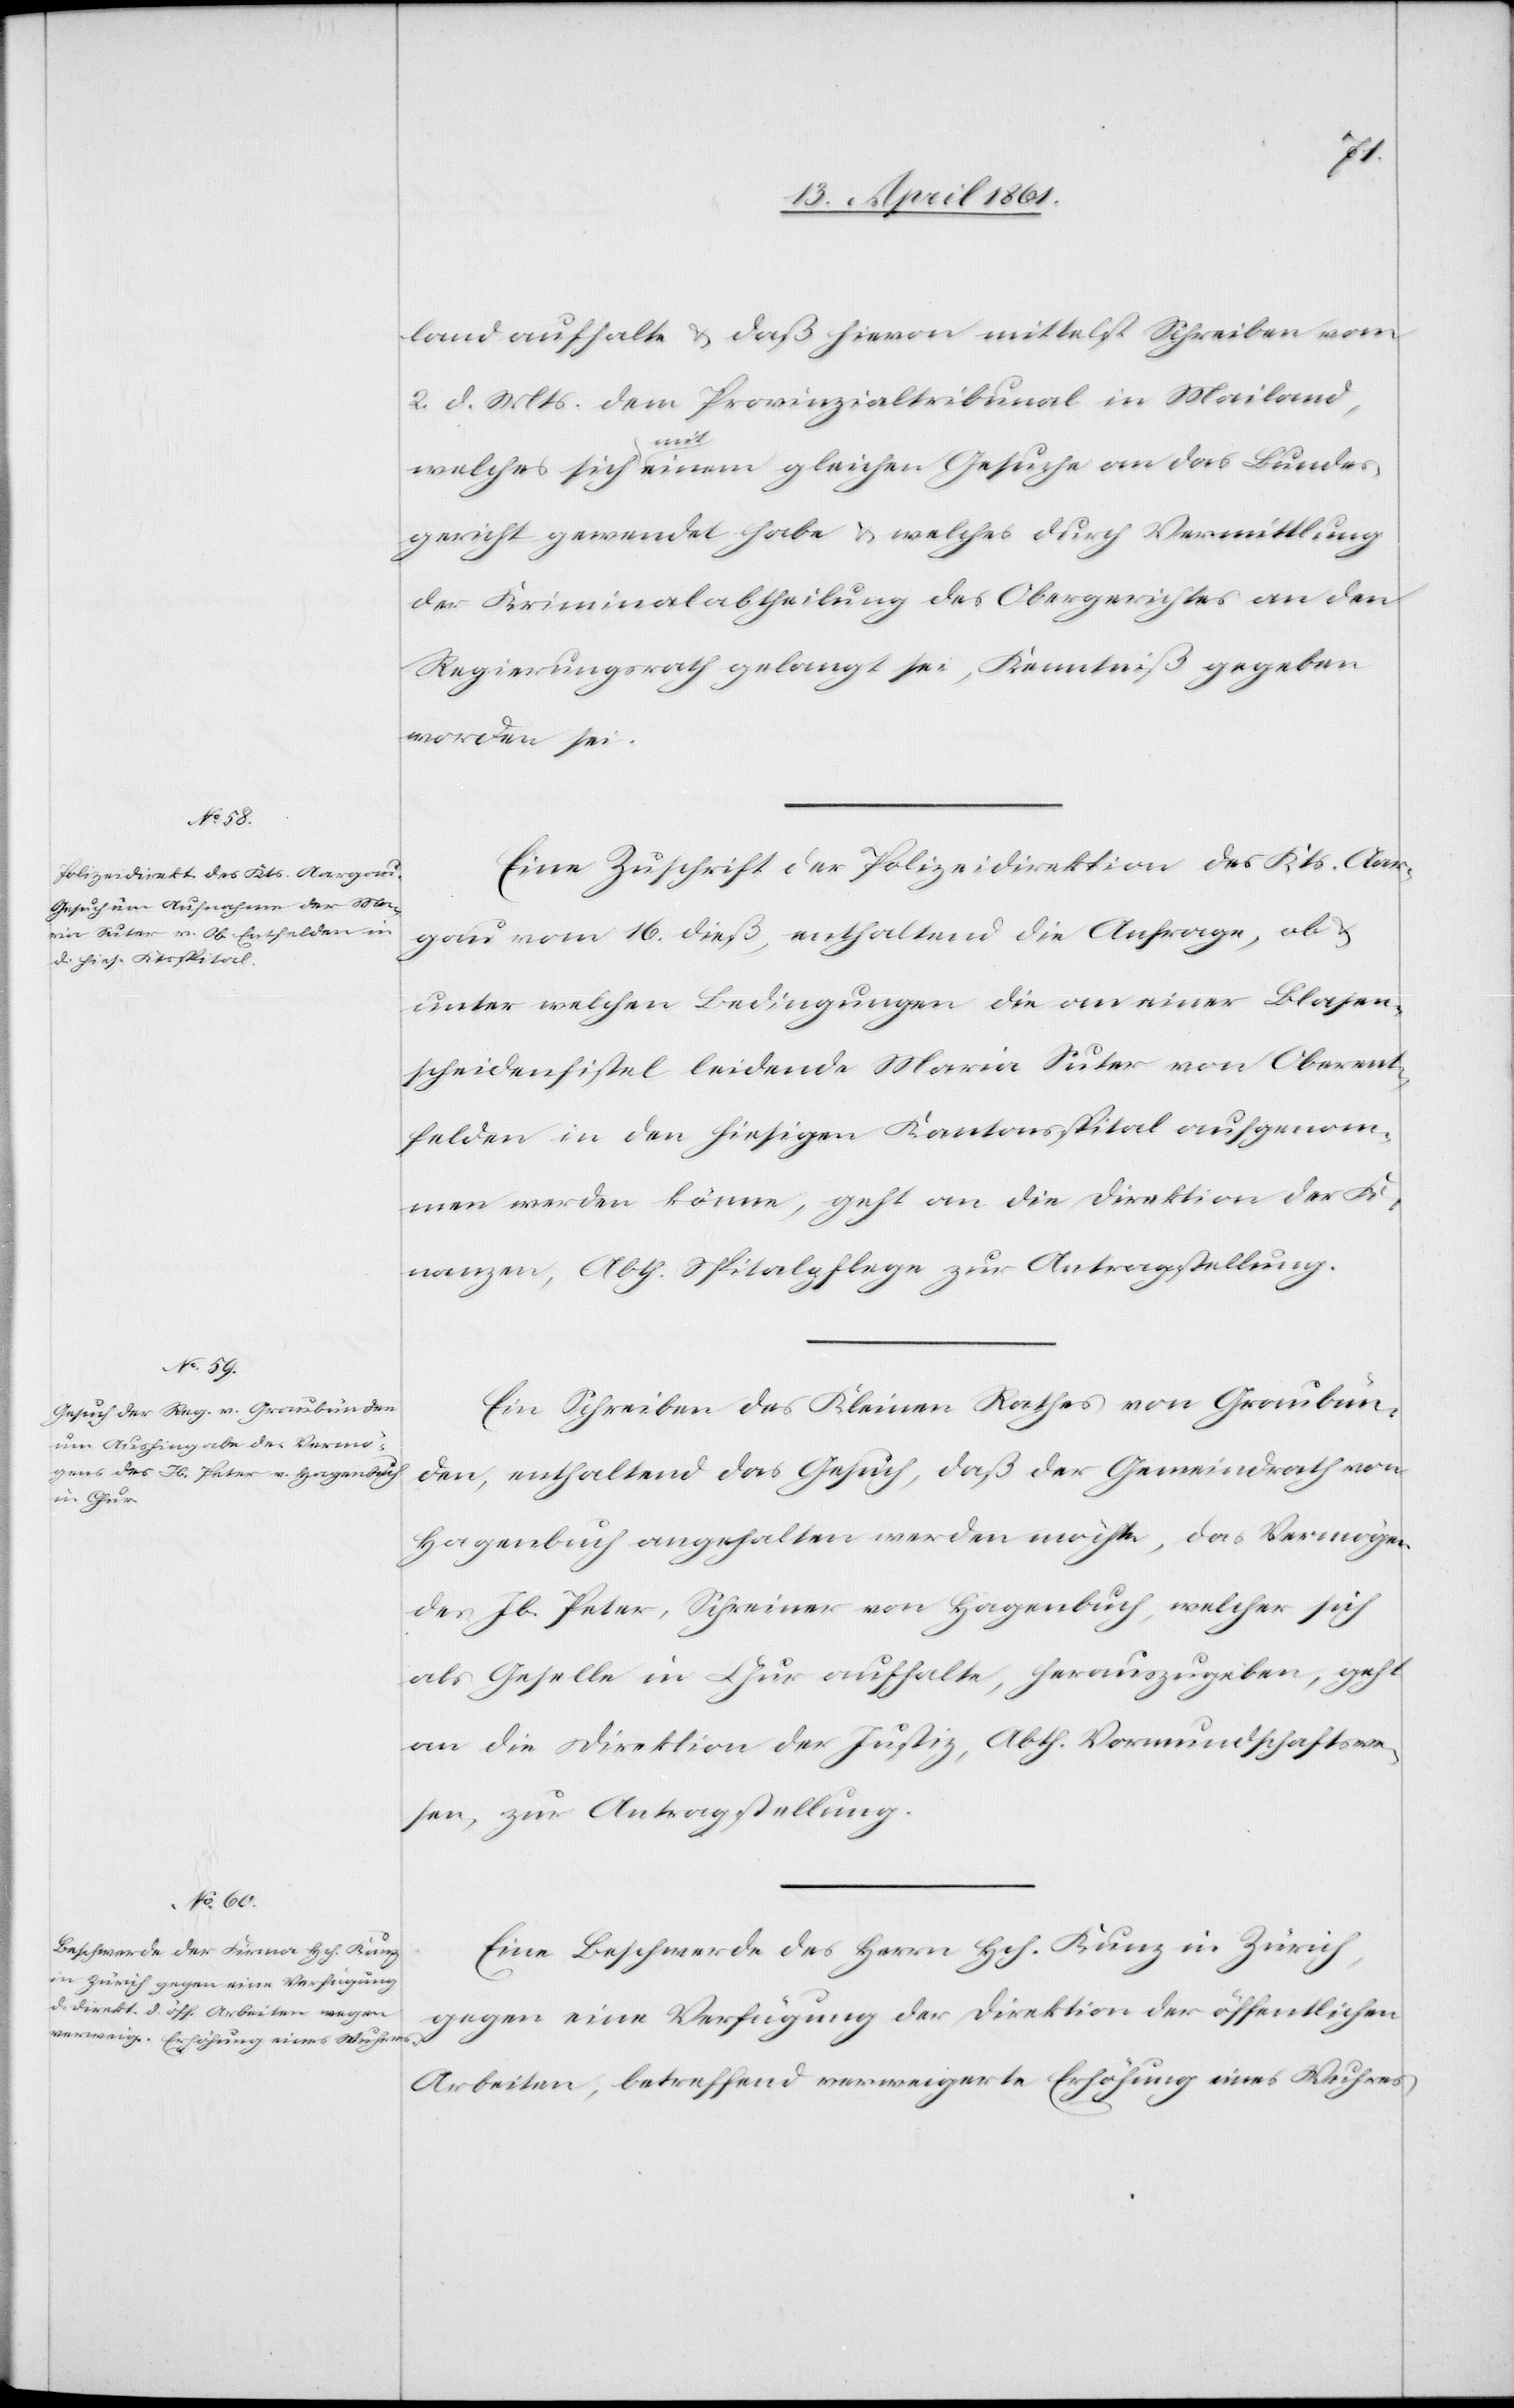
17. April 1861.]
land aufhalte u. daß hievon mittelst Schreiben vom
2. d. Mts. dem Provinzialtribunal in Mailand,
den
welches sich mit einem gleichen Gesuche an das Bundes¬
gericht gewendet habe u. welches durch Vermittlung
der Kriminalabtheilung des Obergerichtes an den
Regierungsrath gelangt sei, Kenntniß gegeben
worden sei.
Eine Zuschrift der Polizeidirektion des Kts. Aar¬
gau vom 16. dieß, enthaltend die Anfrage, ob
unter welchen Bedingungen die an einer Blasen¬
scheidenfistel leidende Maria Suter von Oberent¬
felden in den hiesigen Kantonsspital aufgenom¬
men werden könne, geht an die Direktion der Fi¬
nanzen, Abth. Spitalpflege zur Antragstellung.
Ein Schreiben des Kleinen Rathes von Graubün¬
den, enthaltend das Gesuch, daß der Gemeindrath von
Hagenbuch angehalten werden möchte, das Vermögen
des Jb. Peter, Schreiner von Hagenbuch, welcher sich
als Geselle in Chur aufhalte, herauszugeben, geht
an die Direktion der Justiz, Abth. Vormundschaftsw[e]s¬
en, zur Antragstellung.
Eine Beschwerde des Herrn Hch. Kunz in Zürich,
gegen eine Verfügung der Direktion der öffentlichen
Arbeiten, betreffend verweigerte Erhöhung eines Wuhres